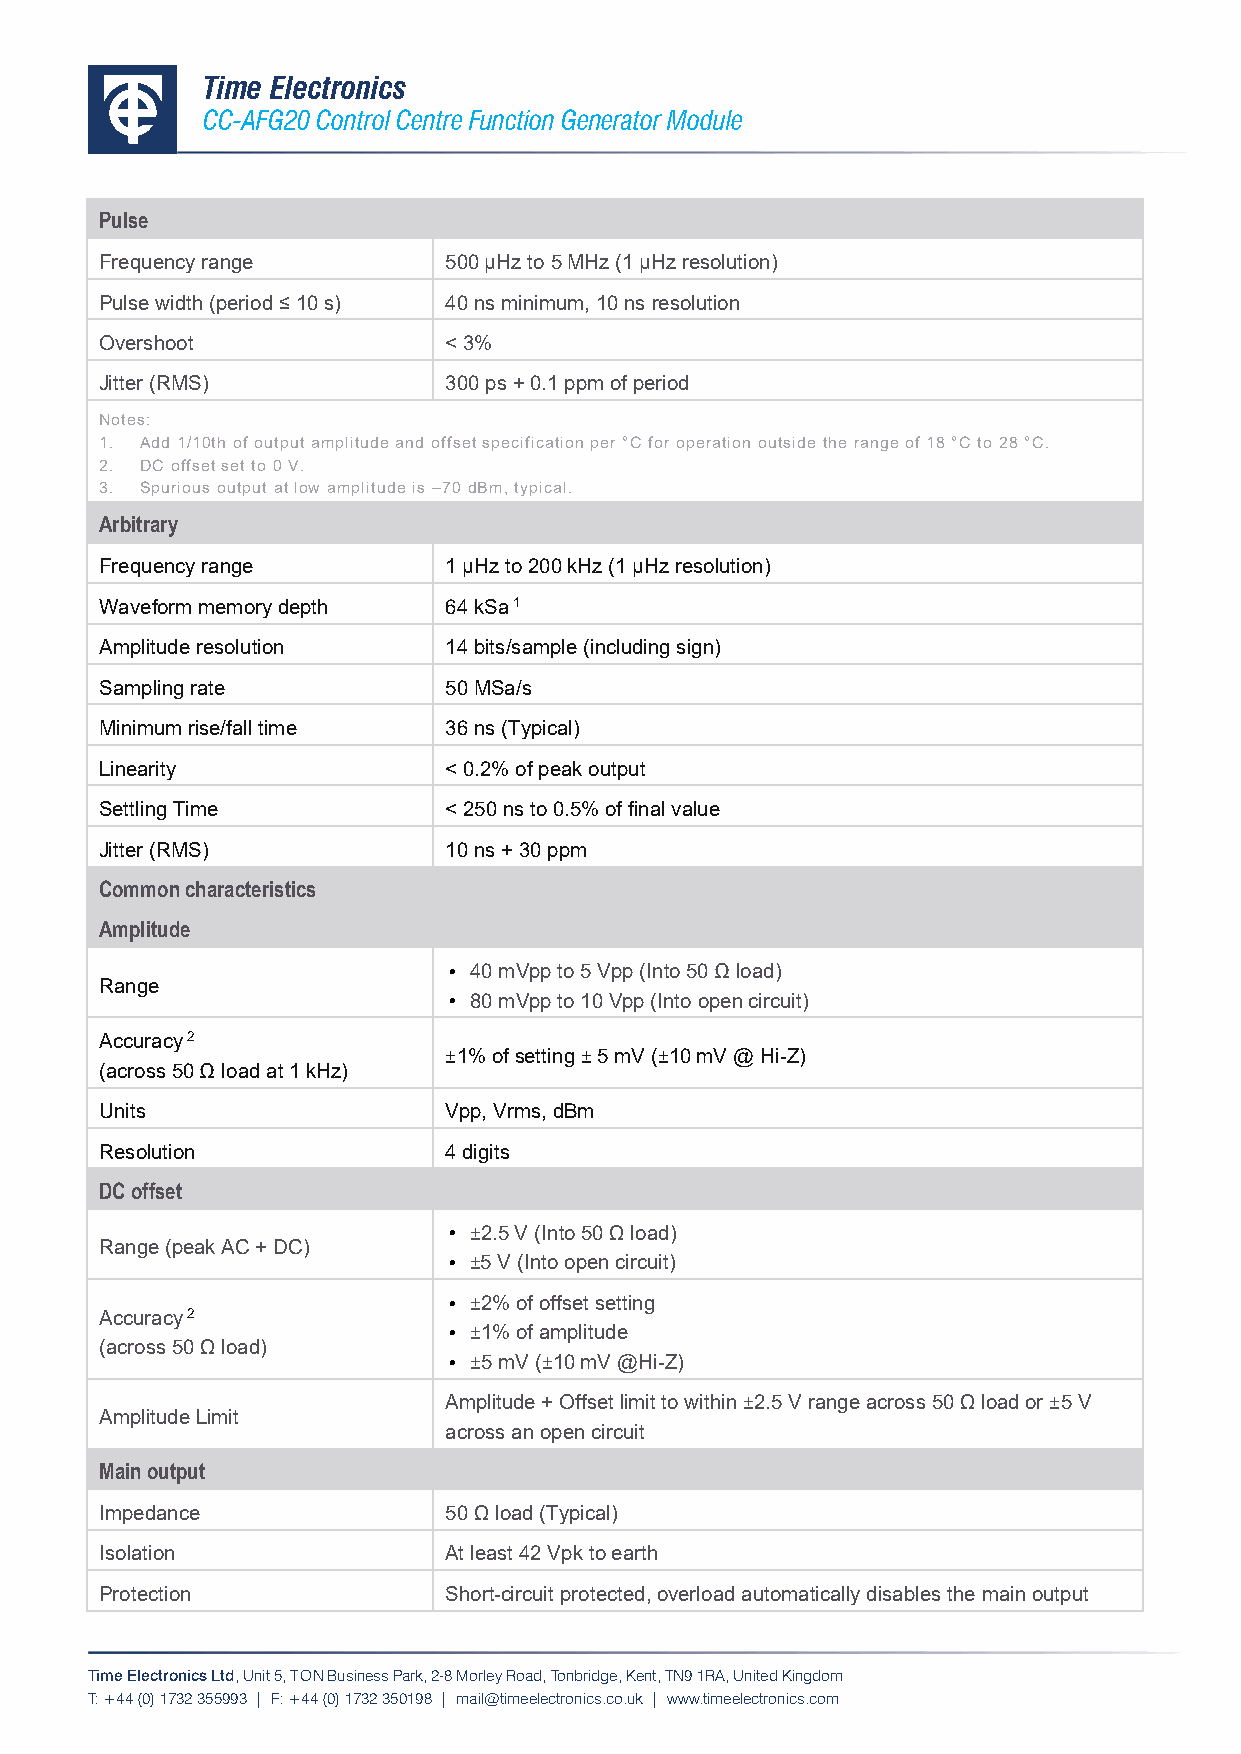
Time Electronics
 CC-AFG20 Control Centre Function Generator Module
 Pulse
 Frequency range       500 μHz to 5 MHz (1 μHz resolution)
 Pulse width (period ≤ 10 s) 40 ns minimum, 10 ns resolution
 Overshoot             < 3%
 Jitter (RMS)          300 ps + 0.1 ppm of period
 Notes:
 1. Add 1/10th of output amplitude and offset specification per °C for operation outside the range of 18 °C to 28 °C.
 2. DC offset set to 0 V.
 3. Spurious output at low amplitude is –70 dBm, typical.
 Arbitrary
 Frequency range       1 μHz to 200 kHz (1 μHz resolution)
 Waveform memory depth 64 kSa 1
 Amplitude resolution  14 bits/sample (including sign)
 Sampling rate         50 MSa/s
 Minimum rise/fall time 36 ns (Typical)
 Linearity             < 0.2% of peak output
 Settling Time         < 250 ns to 0.5% of final value
 Jitter (RMS)          10 ns + 30 ppm
 Common characteristics
 Amplitude
 • 40 mVpp to 5 Vpp (Into 50 Ω load)
 Range
 • 80 mVpp to 10 Vpp (Into open circuit)
 Accuracy 2
 ±1% of setting ± 5 mV (±10 mV @ Hi-Z)
 (across 50 Ω load at 1 kHz)
 Units                 Vpp, Vrms, dBm
 Resolution            4 digits
 DC offset
 • ±2.5 V (Into 50 Ω load)
 Range (peak AC + DC)
 • ±5 V (Into open circuit)
 • ±2% of offset setting
 Accuracy 2
 • ±1% of amplitude
 (across 50 Ω load)
 • ±5 mV (±10 mV @Hi-Z)
 Amplitude + Offset limit to within ±2.5 V range across 50 Ω load or ±5 V
 Amplitude Limit
 across an open circuit
 Main output
 Impedance             50 Ω load (Typical)
 Isolation             At least 42 Vpk to earth
 Protection            Short-circuit protected, overload automatically disables the main output
 Time Electronics Ltd, Unit 5, T O N Business Park, 2-8 Morley Road, Tonbridge, Kent, TN9 1RA, United Kingdom
 T: +44 (0) 1732 355993 | F: +44 (0) 1732 350198 | mail@timeelectronics.co.uk | www.timeelectronics.com